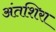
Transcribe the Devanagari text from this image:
अंतशिरा